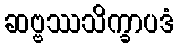
ဆဗ္ဗဿသိက္ခာပဒံ